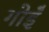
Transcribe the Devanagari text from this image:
गोइँ